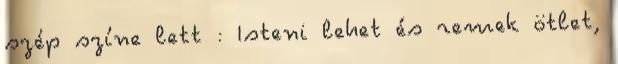
szép színe lett : Isteni lehet és remek ötlet,